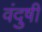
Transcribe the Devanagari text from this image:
वंदुषी